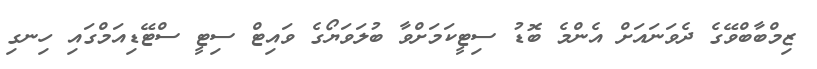
ޒިމްބާބްވޭގެ ދެވަނައަށް އެންމެ ބޮޑު ސިޓީކަމަށްވާ ބުލަވަޔޯގެ ވައިޓް ސިޓީ ސްޓޭޑިއަމްގައި ހިނގި